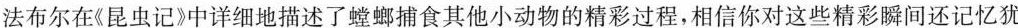
法布尔在《昆虫记》中详细地描述了螳螂捕食其他小动物的精彩过程，相信你对这些精彩瞬间还记忆犹